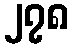
၂၇၈